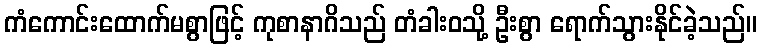
ကံကောင်းထောက်မစွာဖြင့် ကုစာနာဂိသည် တံခါးဝသို့ ဦးစွာ ရောက်သွားနိုင်ခဲ့သည်။